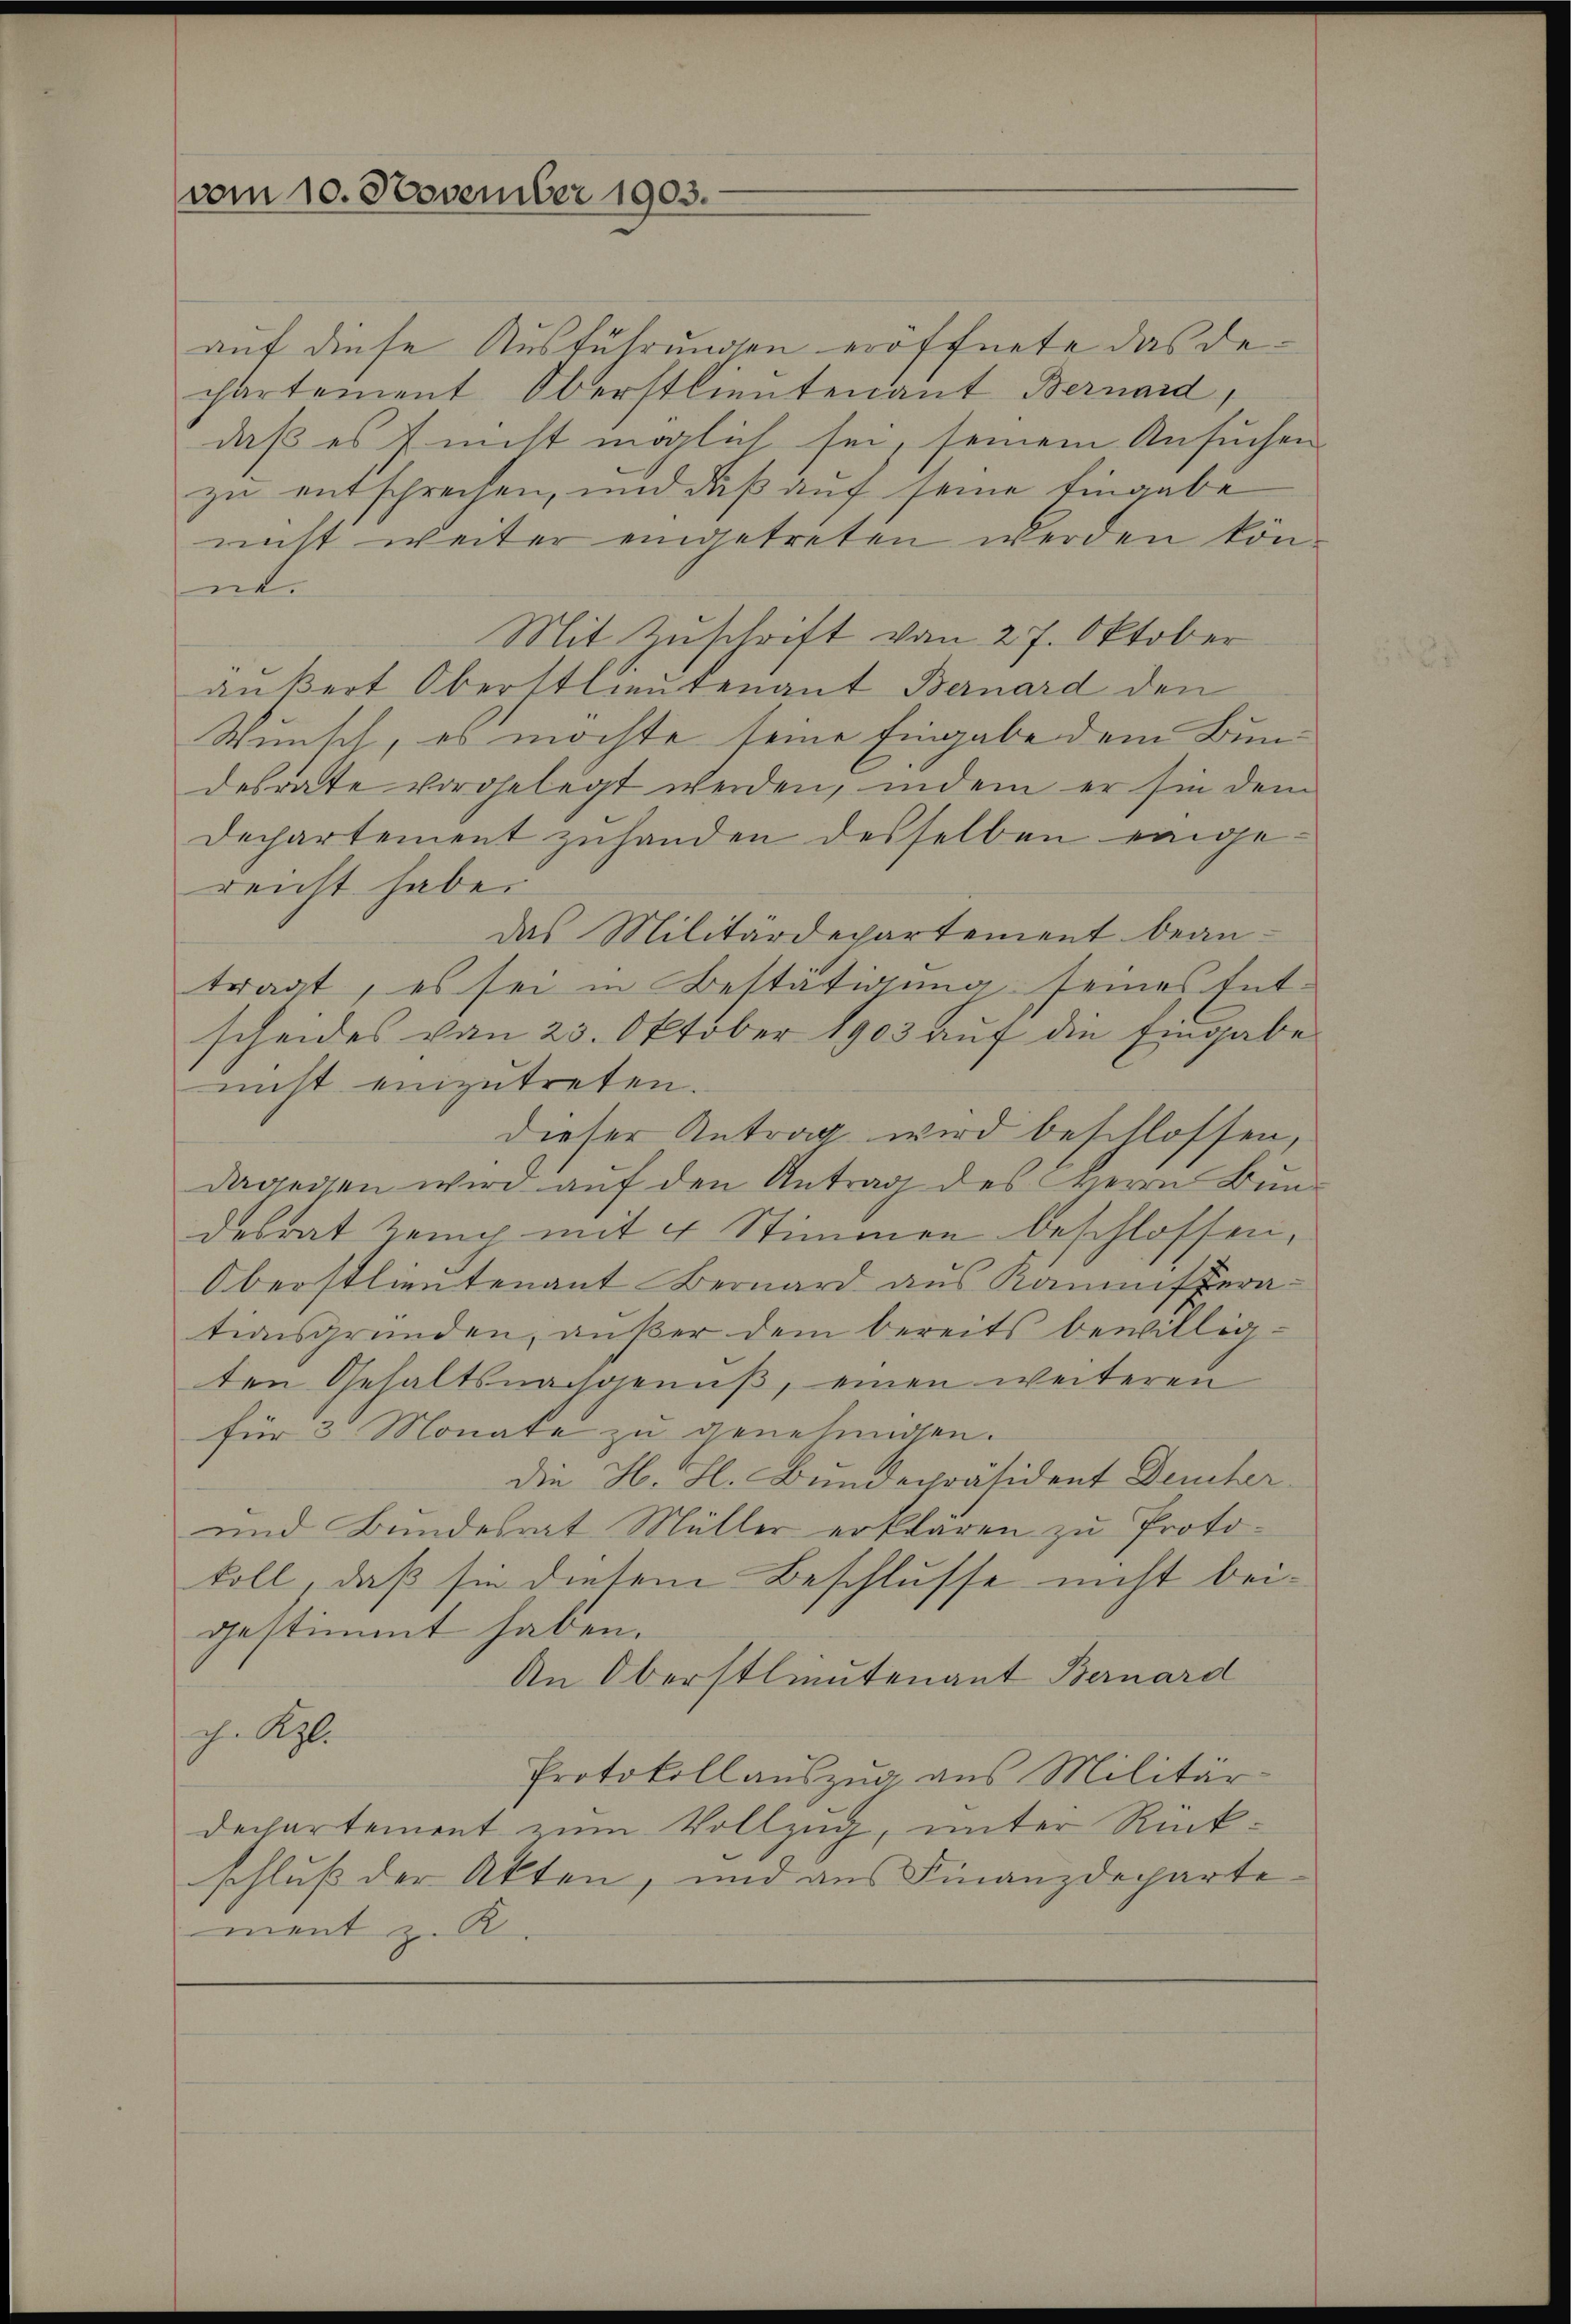
vom 10. November 1903.

auf diese Ausführungen eröffnete das dechartement Oberstlieutenant Bernard,
daß es f nicht möglich sei, seinem Ansuchen
zu entsprechen, und daß auf seine Eingabe
nicht weiter eingetreten werden könne.
Mit Zuschrift von 27. Oktober
außert Oberstlieutenant Bernard den
Wunsch, es möchte seine Eingabe dem Bundesrate vorgelegt werden, indem er sie dem
Dechartement zuhanden desselben eingereicht habe.
das Militärdepartement bean-
tragt, es sei in Bestätigung seines Ent-
scheides von 23. Oktober 1903 auf die Eingabe
nicht einzutreten.
dieser Antrag wird beschlossen,
dagegen wird auf den Antrag des Herrn Bundesrat Zeig mit 4 Stimmen beschlossen,
Oberstlieutenant Bernard aus Kommitterationsgründen, aŭβer dem bereits bewillig-
ten Gehaltsnachgenuß, einen weiteren
für 3 Monate zu genehmigen.
die H. H. Bundepräsident Deucher
und Bundesrat Müller erklären zu Protokoll, daß sie diesem Beschlusse nicht bei-
gestimmt haben.
An Oberstlieutenant Bernard
ch. Kgl.
Protokoll auszug aus Militär-
dechartement zum Vollzug, unter Rückschluß der Akten, und aus Finanzdeparte
ment z. B.